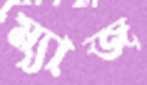
ম্যাজ